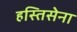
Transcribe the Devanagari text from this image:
हस्तिसेना